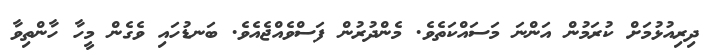
ދިރިއުޅުމަށް ކުރަމުން އަންނަ މަސައްކަތެވެ. މެންދުރުން ފަސްވެއްޖެއެވެ. ބަނޑުހައި ވެގެން މީހާ ހާންތިވާ